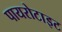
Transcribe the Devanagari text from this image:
पायरोटाइट